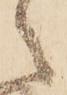
之